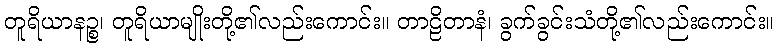
တူရိယာနဉ္စ၊ တူရိယာမျိုးတို့၏လည်းကောင်း။ တာဠိတာနံ၊ ခွက်ခွင်းသံတို့၏လည်းကောင်း။